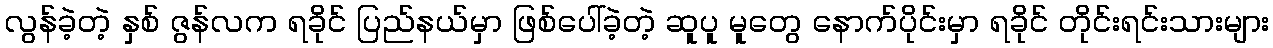
လွန်ခဲ့တဲ့ နှစ် ဇွန်လက ရခိုင် ပြည်နယ်မှာ ဖြစ်ပေါ်ခဲ့တဲ့ ဆူပူ မူတွေ နောက်ပိုင်းမှာ ရခိုင် တိုင်းရင်းသားများ